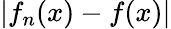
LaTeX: |f_{n}(x)-f(x)|